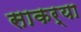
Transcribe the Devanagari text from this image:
साकर्या